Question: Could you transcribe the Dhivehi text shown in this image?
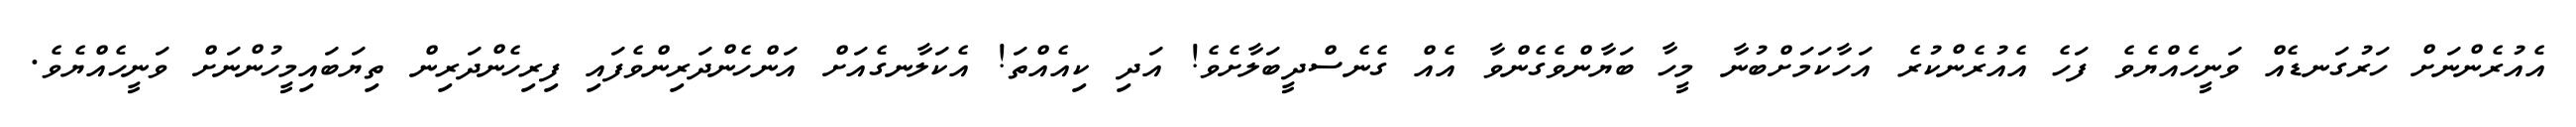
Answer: އެއުރެންނަށް ހަރުގަނޑެއް ވަނީހެއްޔެވެ ފަހެ އެއުރެންކުރެ އަހާކަމަށްބުނާ މީހާ ބަޔާންވެގެންވާ އެއް ގެނެސްދީބަލާށެވެ! އަދި ކިއެއްތަ! އެކަލާނގެއަށް އަންހެންދަރިންވެފައި ފިރިހެންދަރިން ތިޔަބައިމީހުންނަށް ވަނީހެއްޔެވެ.